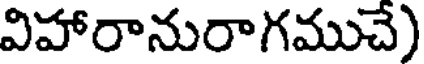
విహారానురాగముచే)